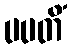
ပပတိံ